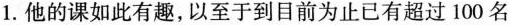
1.他的课如此有趣,以至于到目前为止已有超过 100 名